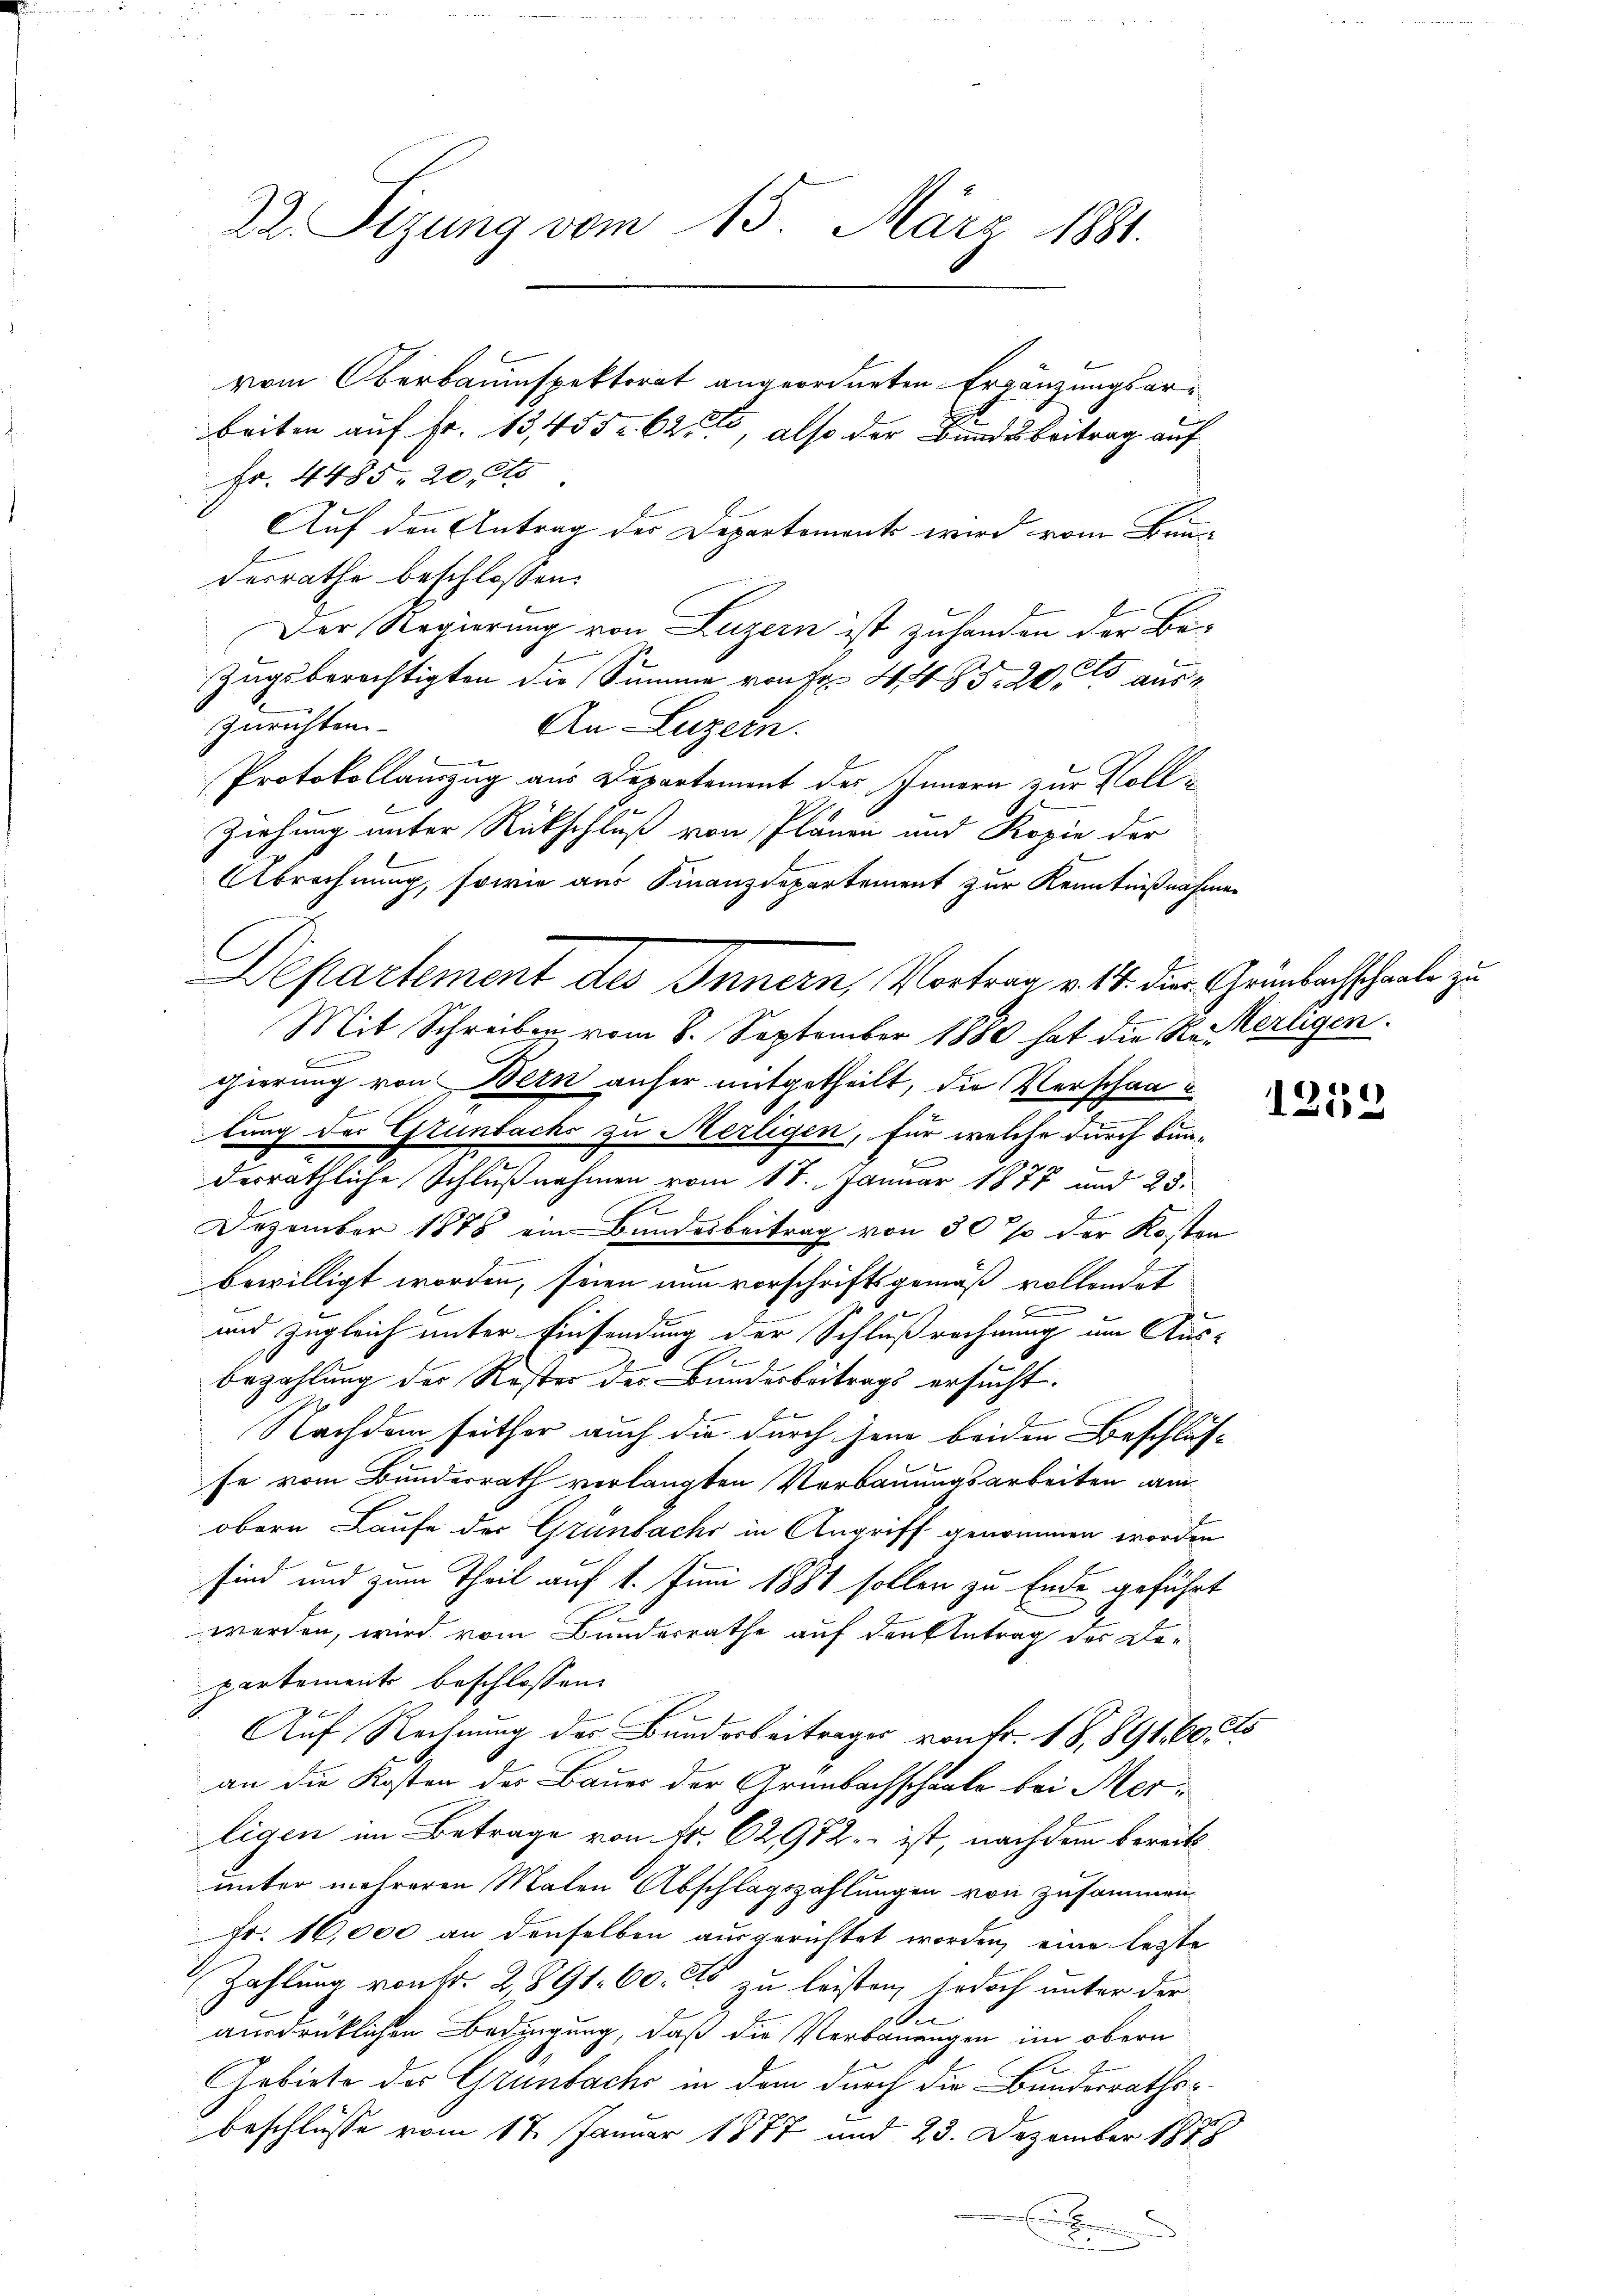
22. Sizung vom 15. März 1881.
vom Oberbauinspektorat angeordneten Ergänzungsarbeiten auf Fr. 13,4552. 628 also der Bundesbeitrag auf
Fr. 4485. 20. ds

C

Auf den Antrag des Departements wird vom Bun-
desrathe beschlossen:
Der Regierung von Luzern ist zuhanden der Be-
Zugsberechtigten die Summe von Fr. 4. 485. 205 auszurichten
An. Luzern.
Protokollanzug aus Departement des Innern zur Volle
Ziehung unter Rückschluß von Plänen und Kopie der
Abrechnung, sowie aus Finanzdepartement zur Kenntnißnahmen
Mit Schreiben vom 8. September 1880 hat die Reterligen.
gierung von Bern anher mitgetheilt, die Verschantung der Grünbachs zu Merligen, für welche durch Bun-
derräthliche Schlußnahmen vom 18. Januar 1878 und 23.
E
Dezember 1878 ein Bundesbeitrag von 30% der Kosten
bewilligt worden, seien nun vorschriftsgemäß vollendet
und zugleich unter Einsendung der Schlußrechnung um Aus-
I
bezahlung der Rester des Bunderbeitrags ersucht.
Nachdem seither auch die durch jene beiden Beschlus-
se vom Bundesrath verlangten Verbauungsarbeiten anobern Laufe der Grünbachs in Angriff genommen worden
sind und zum Theil auf 1. Juni 1881 sollen zu Ende geführt
werden, wird vom Bundesrathe auf den Antrag des Dopartement beschlossen:
 x
Auf Rechnung des Bunderbeitrages von Fr. 18,891,60 cts
an die Kosten des Bauer der Grünbachschaale bei Merligen im Betrage von Nr. 62,972 ist, nachdem bereits
unter mehreren Malen Abschlagszahlungen von zusammen
Fr. 16,000 an denselben ausgerichtet worden, eine legte
Zahlung von Fr. 2, 891. 60. et leisten, jedoch unter der
ausdrüklichen Bedingung, daß die Verbauungen im obern
Gebiete des Grünbache in dem durch die Bundesrathsc
beschlüsse vom 17. Januar 1877 und 23. Dezember 1878

Departement des Innern, Vortrag v. 14. der Grebachschaale zu

1252